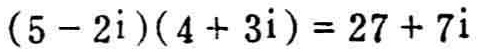
\((5 - 2i)(4 + 3i)=27 + 7i\)